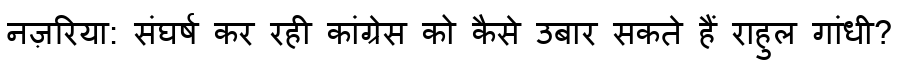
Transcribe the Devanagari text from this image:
नज़रिया: संघर्ष कर रही कांग्रेस को कैसे उबार सकते हैं राहुल गांधी?